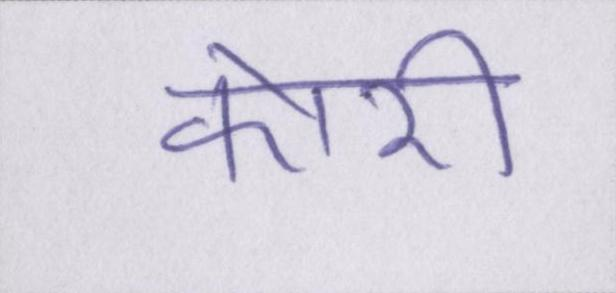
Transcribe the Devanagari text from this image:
कोरी